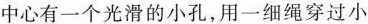
中心有一个光滑的小孔，用一细绳穿过小